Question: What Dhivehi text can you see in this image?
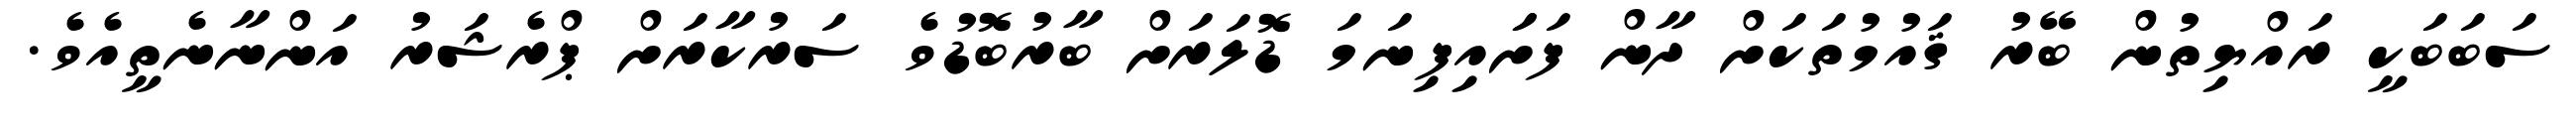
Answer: ސަބަބަކީ ރައްޔިތުން ބޭރު ޤައުމުތަކަށް ދާން ފަށަައިފިނަމަ ޑޮލަރަށް ބާރުބޮޑުވެ ސަރުކާރަށް ޕްރެޝަރު އަންނާނެތީއެވެ.